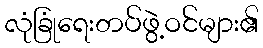
လုံခြုံရေးတပ်ဖွဲ့ဝင်များ၏